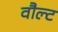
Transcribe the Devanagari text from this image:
वौल्ट